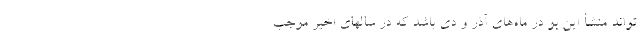
تواند منشأ این بو در ماه‌های آذر و دی باشد که در سالهای اخیر موجب